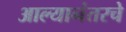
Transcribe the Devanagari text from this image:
आल्यानंतरचे